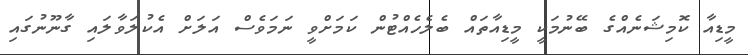
މީޑިއާ ކޮމިޝަނެއްގެ ބޭނުމަކީ މީޑިއާތައް ބެލެހެއްޓުން ކަމަށްވީ ނަމަވެސް އަލަށް އެކުލަވާލައި ގާނޫނުގައި